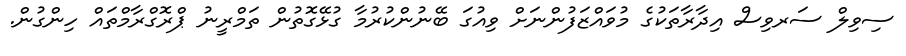
ސިވިލް ސަރވިސް އިދާރާތަކުގެ މުވައްޒަފުންނަށް ވިއުގަ ބޭނުންކުރުމާ ގުޅޭގޮތުން ތަމްރީނު ޕްރޮގްރާމްތައް ހިންގުން.